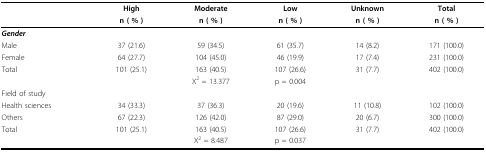
<table><thead><tr><td></td><td><b>High</b></td><td><b>Moderate</b></td><td><b>Low</b></td><td><b>Unknown</b></td><td><b>Total</b></td></tr><tr><td></td><td><b>n ( % )</b></td><td><b>n ( % )</b></td><td><b>n ( % )</b></td><td><b>n ( % )</b></td><td><b>n ( % )</b></td></tr></thead><tbody><tr><td><b><i>Gender</i></b></td><td></td><td></td><td></td><td></td><td></td></tr><tr><td>Male</td><td>37 (21.6)</td><td>59 (34.5)</td><td>61 (35.7)</td><td>14 (8.2)</td><td>171 (100.0)</td></tr><tr><td>Female</td><td>64 (27.7)</td><td>104 (45.0)</td><td>46 (19.9)</td><td>17 (7.4)</td><td>231 (100.0)</td></tr><tr><td>Total</td><td>101 (25.1)</td><td>163 (40.5)</td><td>107 (26.6)</td><td>31 (7.7)</td><td>402 (100.0)</td></tr><tr><td></td><td></td><td>X<sup>2 </sup>= 13.377</td><td>p = 0.004</td><td></td><td></td></tr><tr><td>Field of study</td><td></td><td></td><td></td><td></td><td></td></tr><tr><td>Health sciences</td><td>34 (33.3)</td><td>37 (36.3)</td><td>20 (19.6)</td><td>11 (10.8)</td><td>102 (100.0)</td></tr><tr><td>Others</td><td>67 (22.3)</td><td>126 (42.0)</td><td>87 (29.0)</td><td>20 (6.7)</td><td>300 (100.0)</td></tr><tr><td>Total</td><td>101 (25.1)</td><td>163 (40.5)</td><td>107 (26.6)</td><td>31 (7.7)</td><td>402 (100.0)</td></tr><tr><td></td><td></td><td>X<sup>2 </sup>= 8.487</td><td>p = 0.037</td><td></td><td></td></tr></tbody></table>